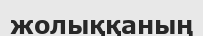
жолыққаның